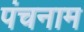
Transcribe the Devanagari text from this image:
पंचनाम